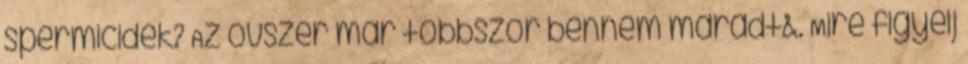
spermicidek? Az óvszer már többször bennem maradt&. Mire figyelj